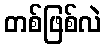
တစ်ဖြစ်လဲ